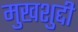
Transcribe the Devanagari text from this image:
मुखशुद्दी